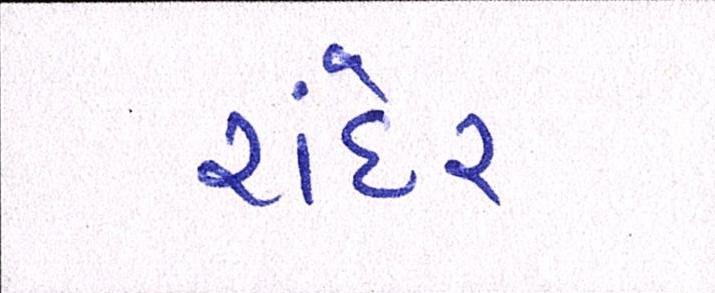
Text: રાંદેર